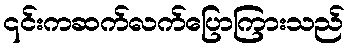
၎င်းကဆက်လက်ပြောကြားသည်